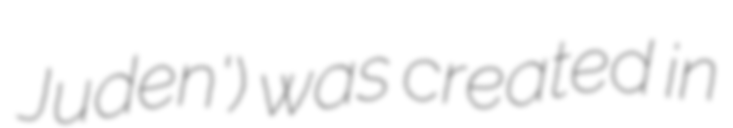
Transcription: Juden') was created in